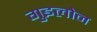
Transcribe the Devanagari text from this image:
गुइलोन